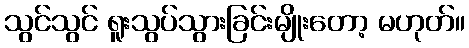
သွင်သွင် ရူးသွပ်သွားခြင်းမျိုးတော့ မဟုတ်။